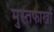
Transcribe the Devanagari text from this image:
मुस्तफाखाँ